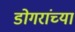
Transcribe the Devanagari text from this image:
डोगरांच्या